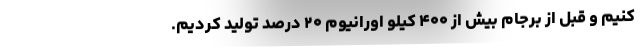
کنیم و قبل از برجام بیش از ۴۰۰ کیلو اورانیوم ۲۰ درصد تولید کردیم.